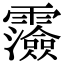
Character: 𩆯